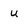
Character: u